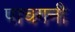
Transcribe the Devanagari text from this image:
पाचगनी